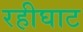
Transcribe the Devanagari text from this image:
रहीघाट